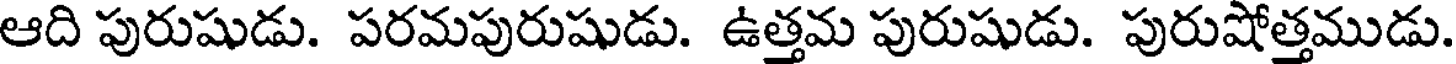
ఆది పురుషుడు. పరమపురుషుడు. ఉత్తమ పురుషుడు. పురుషోత్తముడు.